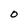
Character: 0